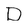
Character: D